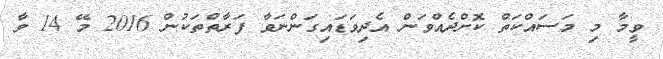
ވީމާ މި މަސައްކަތް ކޮށްދެއްވަން އެދިވަޑައިގަންނަވާ ފަރާތްތަކުން 2016 މޭ 14 ވާ